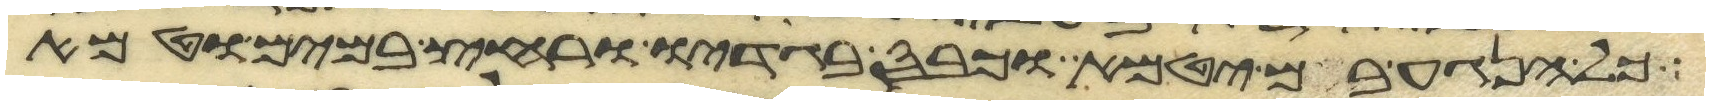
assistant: כל הנגע בם יטמא וכבס בגדיו ורחץ במים וטמא